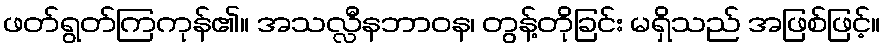
ဖတ်ရွတ်ကြကုန်၏။ အသလ္လီနဘာဝန၊ တွန့်တိုခြင်း မရှိသည် အဖြစ်ဖြင့်။